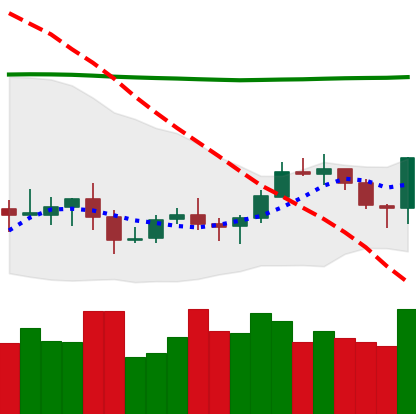
Ticker: XLM-USD
Chart end date: 2020-10-16
Forward return: 6.452%
Label: up_5_7